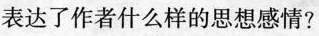
表达了作者什么样的思想感情?